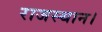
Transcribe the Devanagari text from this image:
राजस्थान।